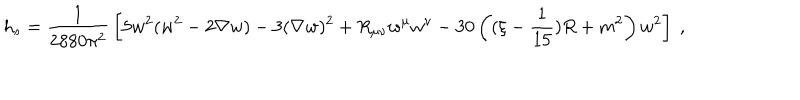
h _ { s } = { \frac { 1 } { 2 8 8 0 \pi ^ { 2 } } } \left[ 5 w ^ { 2 } ( w ^ { 2 } - 2 \nabla w ) - 3 ( \nabla w ) ^ { 2 } + R _ { \mu \nu } w ^ { \mu } w ^ { \nu } - 3 0 \left( ( \xi - { \frac { 1 } { 1 5 } } ) R + m ^ { 2 } \right) w ^ { 2 } \right] ~ ,